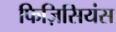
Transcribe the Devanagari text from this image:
फिज़िसियंस